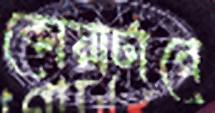
কোয়াটারে